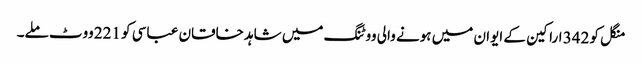
منگل کو 342 اراکین کے ایوان میں ہونے والی ووٹنگ میں شاہد خاقان عباسی کو 221 ووٹ ملے۔